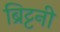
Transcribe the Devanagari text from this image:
ब्रिट्टनी